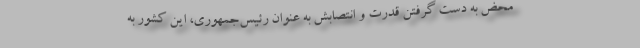
محض به دست گرفتن قدرت و انتصابش به عنوان رئیس‌جمهوری، این کشور به